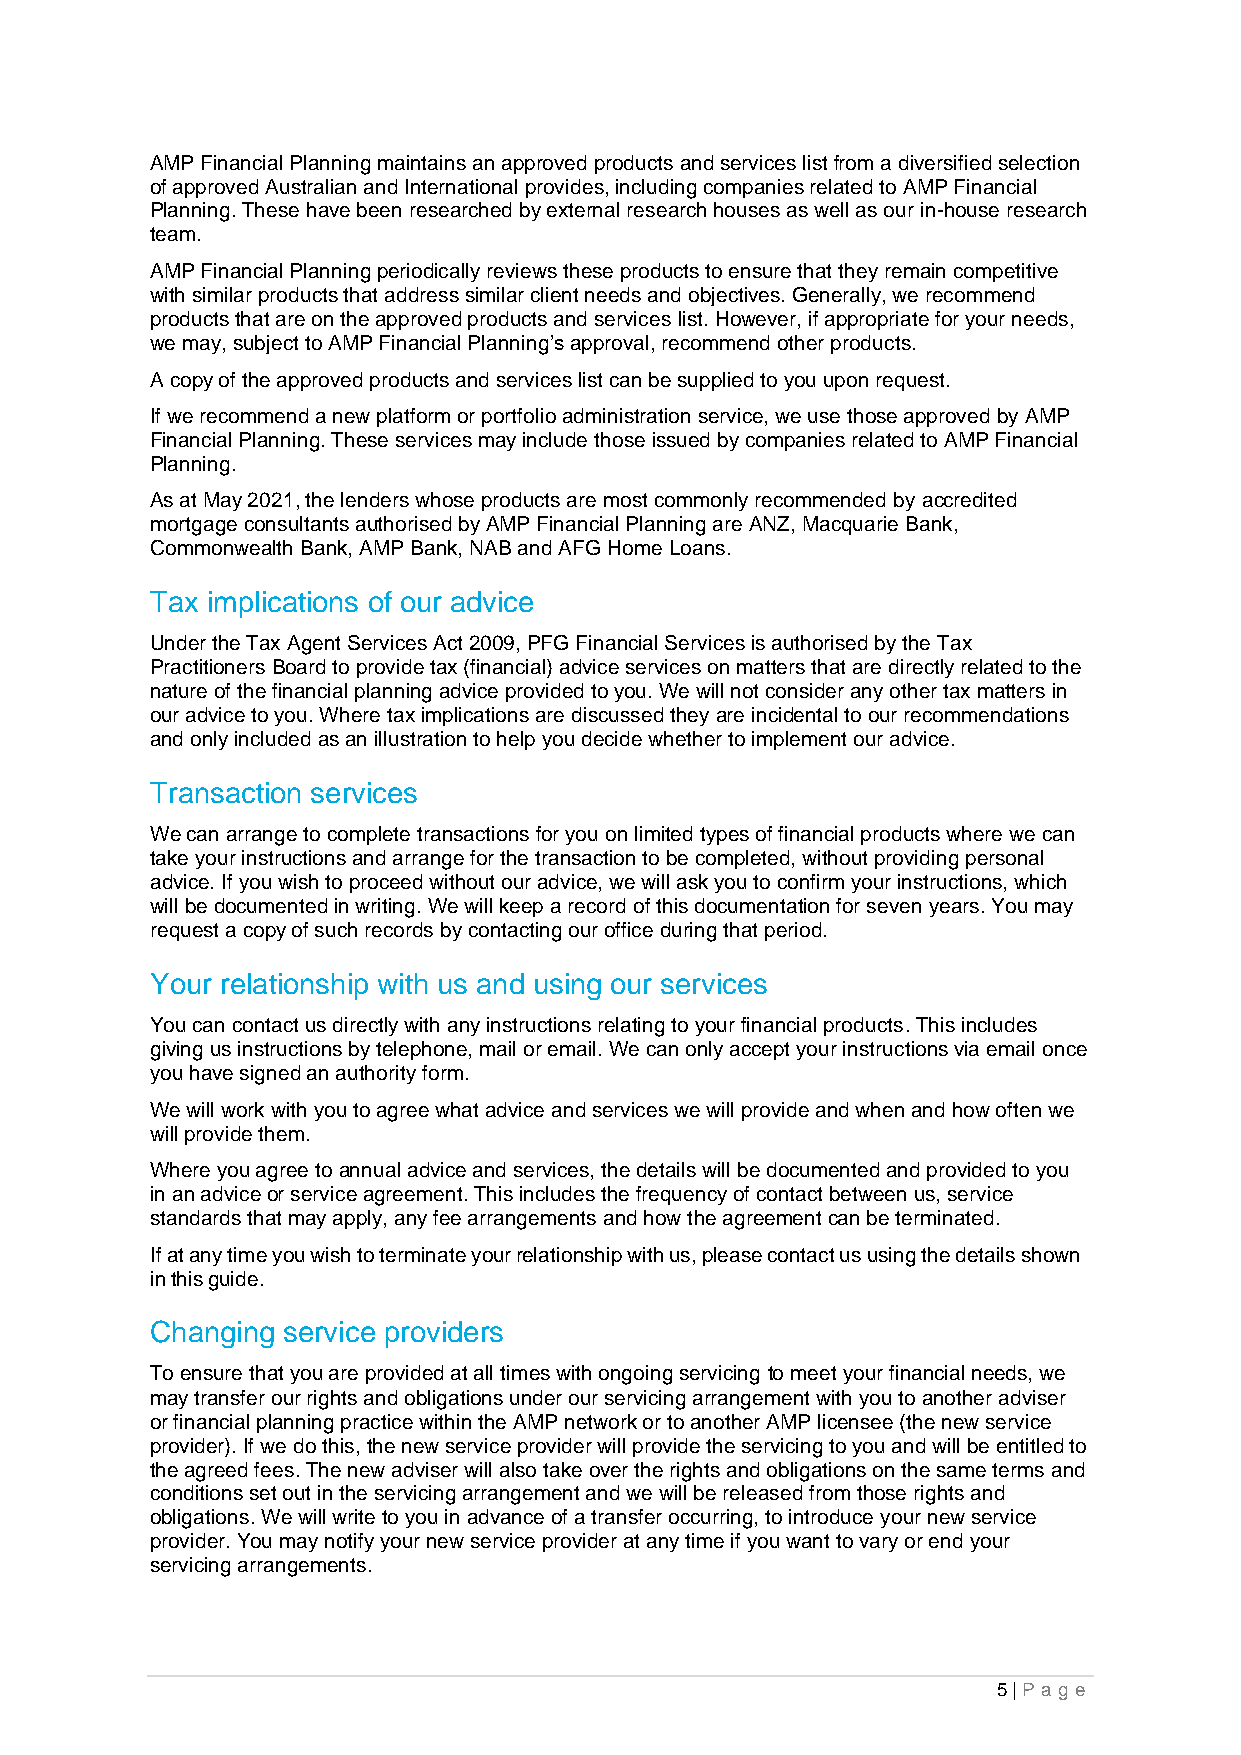
AMP Financial Planning maintains an approved products and services list from a diversified selection
 of approved Australian and International provides, including companies related to AMP Financial
 Planning. These have been researched by external research houses as well as our in-house research
 team.
 AMP Financial Planning periodically reviews these products to ensure that they remain competitive
 with similar products that address similar client needs and objectives. Generally, we recommend
 products that are on the approved products and services list. However, if appropriate for your needs,
 we may, subject to AMP Financial Planning’s approval, recommend other products.
 A copy of the approved products and services list can be supplied to you upon request.
 If we recommend a new platform or portfolio administration service, we use those approved by AMP
 Financial Planning. These services may include those issued by companies related to AMP Financial
 Planning.
 As at May 2021, the lenders whose products are most commonly recommended by accredited
 mortgage consultants authorised by AMP Financial Planning are ANZ, Macquarie Bank,
 Commonwealth Bank, AMP Bank, NAB and AFG Home Loans.
 Tax implications of our advice
 Under the Tax Agent Services Act 2009, PFG Financial Services is authorised by the Tax
 Practitioners Board to provide tax (financial) advice services on matters that are directly related to the
 nature of the financial planning advice provided to you. We will not consider any other tax matters in
 our advice to you. Where tax implications are discussed they are incidental to our recommendations
 and only included as an illustration to help you decide whether to implement our advice.
 Transaction services
 We can arrange to complete transactions for you on limited types of financial products where we can
 take your instructions and arrange for the transaction to be completed, without providing personal
 advice. If you wish to proceed without our advice, we will ask you to confirm your instructions, which
 will be documented in writing. We will keep a record of this documentation for seven years. You may
 request a copy of such records by contacting our office during that period.
 Your relationship with us and using our services
 You can contact us directly with any instructions relating to your financial products. This includes
 giving us instructions by telephone, mail or email. We can only accept your instructions via email once
 you have signed an authority form.
 We will work with you to agree what advice and services we will provide and when and how often we
 will provide them.
 Where you agree to annual advice and services, the details will be documented and provided to you
 in an advice or service agreement. This includes the frequency of contact between us, service
 standards that may apply, any fee arrangements and how the agreement can be terminated.
 If at any time you wish to terminate your relationship with us, please contact us using the details shown
 in this guide.
 Changing service providers
 To ensure that you are provided at all times with ongoing servicing to meet your financial needs, we
 may transfer our rights and obligations under our servicing arrangement with you to another adviser
 or financial planning practice within the AMP network or to another AMP licensee (the new service
 provider). If we do this, the new service provider will provide the servicing to you and will be entitled to
 the agreed fees. The new adviser will also take over the rights and obligations on the same terms and
 conditions set out in the servicing arrangement and we will be released from those rights and
 obligations. We will write to you in advance of a transfer occurring, to introduce your new service
 provider. You may notify your new service provider at any time if you want to vary or end your
 servicing arrangements.
 5 | Pa g e